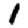
Digit: 1